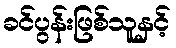
ခင်ပွန်းဖြစ်သူနှင့်